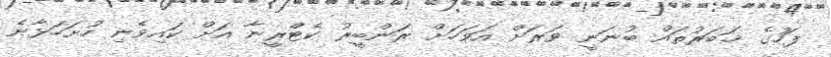
ފަހުގެ ޚަބަރުތައް ބުނަނީ ވަރަށް އަވަހަށް ރަންބީރު ކެޓްރީނާ އަށް ކައިވެނި ހުށަހަޅާނެ